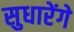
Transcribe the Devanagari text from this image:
सुधारेंगे